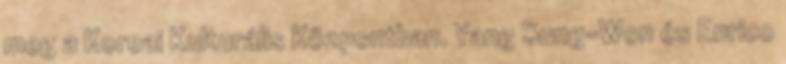
meg a Koreai Kulturális Központban. Yang Sung-Won és Enrico